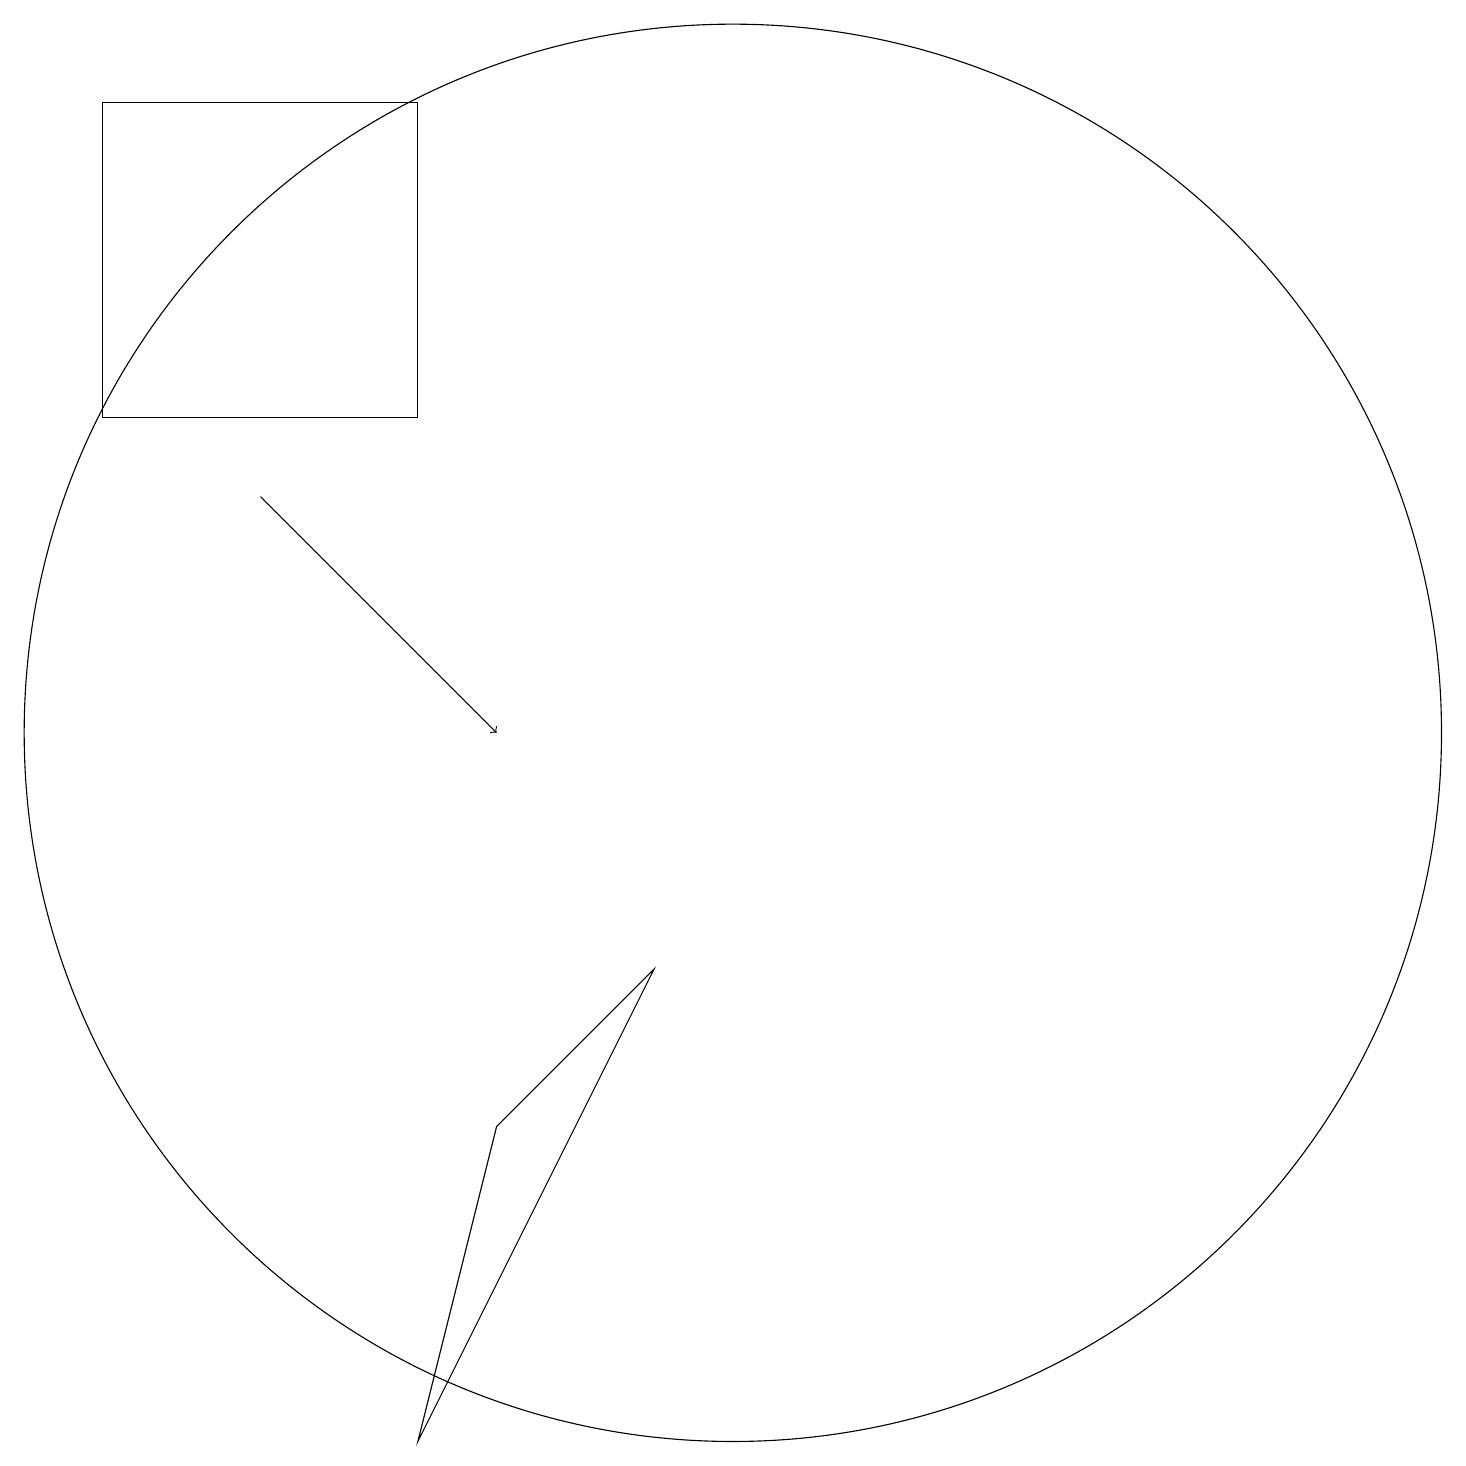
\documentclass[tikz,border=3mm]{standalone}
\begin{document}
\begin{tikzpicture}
\draw (10,10) circle (9);
\draw (2,14) rectangle (6,18);
\draw[->] (4,13) -- (7,10);
\draw (7,5) -- (6,1) -- (9,7) -- cycle;
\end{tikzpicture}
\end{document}